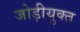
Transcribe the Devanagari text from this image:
जोड़ीयुक्त